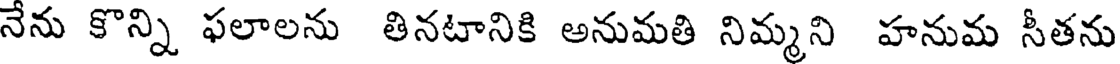
నేను కొన్ని ఫలాలను తినటానికి అనుమతి నిమ్మని హనుమ సీతను